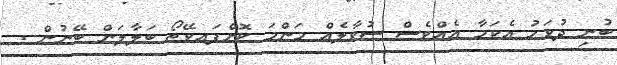
ބުނި ދުވަހު އެކަމާ އެއްވެސް ސުވާލެއް މަންމަ ކޮށްފައވޭތޯ ބަލާލަން ބޭނުން .